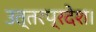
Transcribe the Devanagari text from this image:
उत्तरप्रदेश।